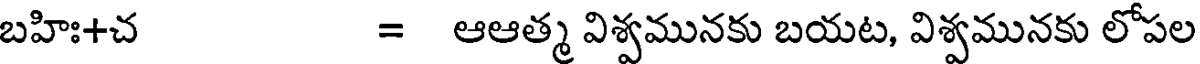
బహిః+చ = ఆఆత్మ విశ్వమునకు బయట, విశ్వమునకు లోపల